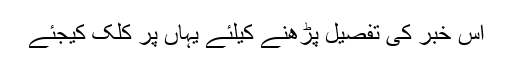
اس خبر کی تفصیل پڑھنے کیلئے یہاں پر کلک کیجئے